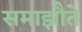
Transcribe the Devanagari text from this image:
समाझौते